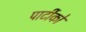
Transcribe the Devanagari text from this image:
पार्टीको